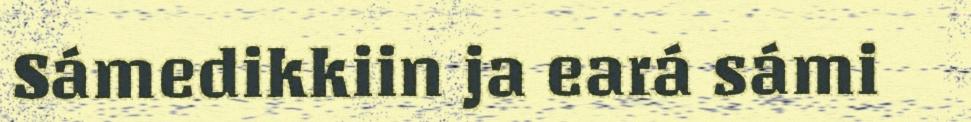
Sámedikkiin ja eará sámi